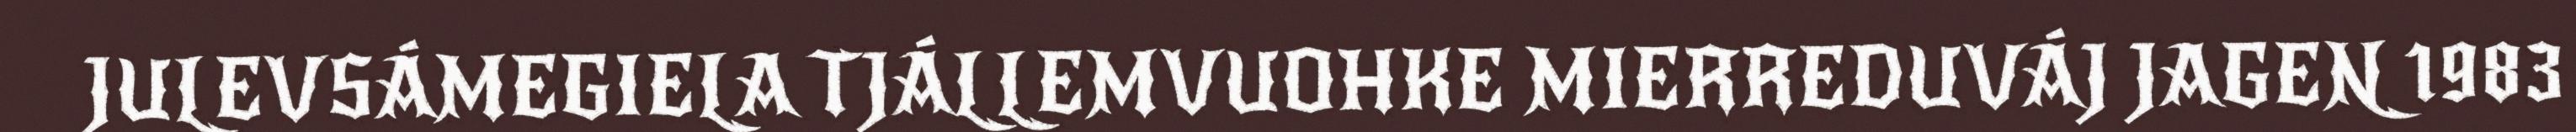
JULEVSÁMEGIELA TJÁLLEMVUOHKE MIERREDUVÁJ JAGEN 1983